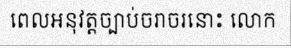
ពេលអនុវត្តច្បាប់ចរាចរនោះ លោក